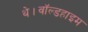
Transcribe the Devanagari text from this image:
थे।वॉल्डहाइम